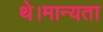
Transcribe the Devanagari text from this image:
थे।मान्यता